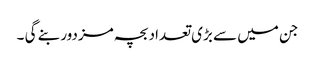
جن میں سے بڑی تعداد بچہ مزدور بنے گی ۔